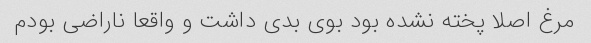
مرغ اصلا پخته نشده بود بوی بدی داشت و واقعا ناراضی بودم